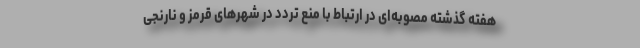
هفته گذشته مصوبه‌ای در ارتباط با منع تردد در شهرهای قرمز و نارنجی